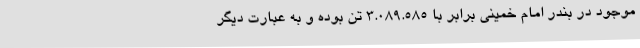
موجود در بندر امام خمینی برابر با ۳.۰۸۹.۵۸۵ تن بوده و به عبارت دیگر